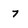
Character: 7